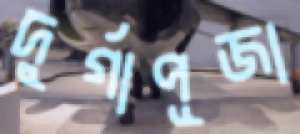
দুর্গাপূজা